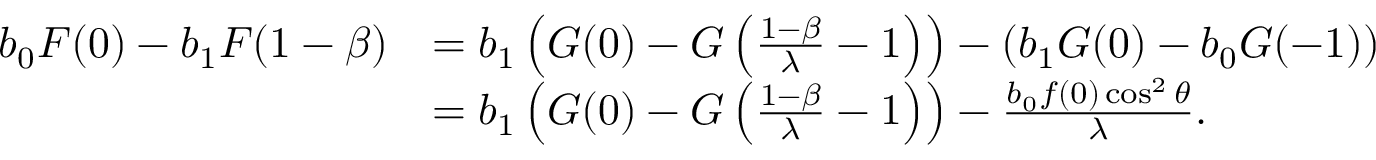
\begin{array} { r l } { b _ { 0 } F ( 0 ) - b _ { 1 } F ( 1 - \beta ) } & { = b _ { 1 } \left( G ( 0 ) - G \left( \frac { 1 - \beta } { \lambda } - 1 \right) \right) - \left( b _ { 1 } G ( 0 ) - b _ { 0 } G ( - 1 ) \right) } \\ & { = b _ { 1 } \left( G ( 0 ) - G \left( \frac { 1 - \beta } { \lambda } - 1 \right) \right) - \frac { b _ { 0 } f ( 0 ) \cos ^ { 2 } \theta } { \lambda } . } \end{array}